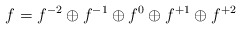
\begin{align*}f = f^{-2} \oplus f ^{-1} \oplus f^{0} \oplus f ^{+1} \oplus f ^{+2}\end{align*}